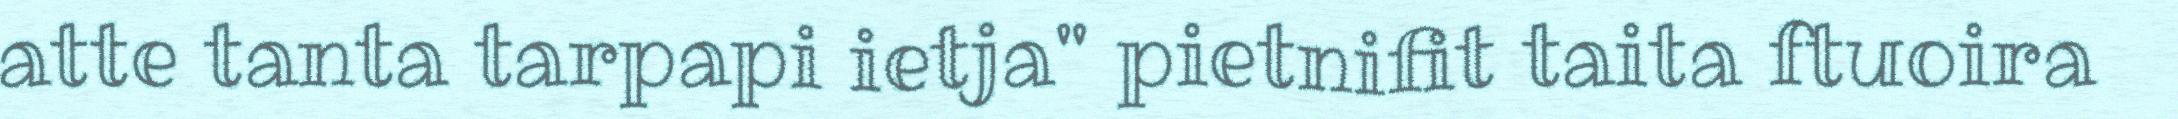
atte tanta tarpapi ietja" pietnifit taita ftuoira